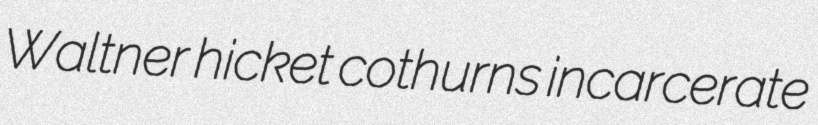
Waltner hicket cothurns incarcerate